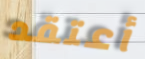
أعتقد